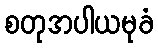
စတုအပါယမုခံ